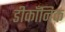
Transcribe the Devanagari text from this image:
डीकॉंनिक